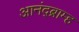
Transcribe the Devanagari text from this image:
आनंद्ब्राम्ह